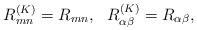
\begin{align*}R^{(K)}_{mn}=R_{mn},~~ R^{(K)}_{\alpha\beta}=R_{\alpha\beta}, \end{align*}